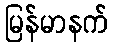
မြန်မာနက်